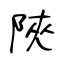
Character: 陜